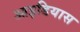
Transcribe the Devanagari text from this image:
आइडियास